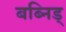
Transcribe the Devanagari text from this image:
बब्निड्